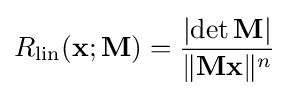
R_{\text{lin}}(\mathbf {x} ;\mathbf {M} )={\frac {\left|\operatorname {det} \mathbf {M} \right|}{\lVert \mathbf {Mx} \rVert ^{n}}}